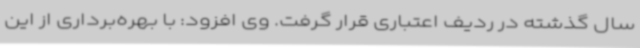
سال گذشته در ردیف اعتباری قرار گرفت. وی افزود: با بهره‌برداری از این